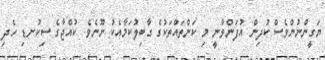
ޔަގީންނުންވެސް ކުދިން އުފަންވާނީ މި ކަންތައްތަކުގެ ގާބިލުކަމާއެކު ނޫނެވެ. ކުއްޖާގެ ސިކުނޑި ހެދި